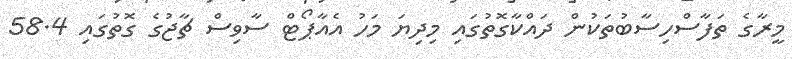
މީރާގެ ތަފާސްހިސާބުތަކުން ދައްކާގޮތުގައި މިދިޔަ މަހު އެއާޕޯޓް ސާވިސް ޗާޖުގެ ގޮތުގައި 58.4